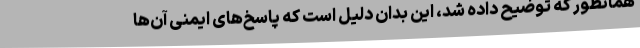
همانطور که توضیح داده شد، این بدان دلیل است که پاسخ‌های ایمنی آن‌ها